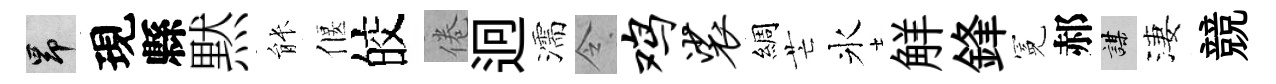
昂現縣黙䏻偃皎倦迥濡令鸡裟綢芒氷觧鋒冕郝謀淒競